Scottish Leaving Certificate Examination, 1956
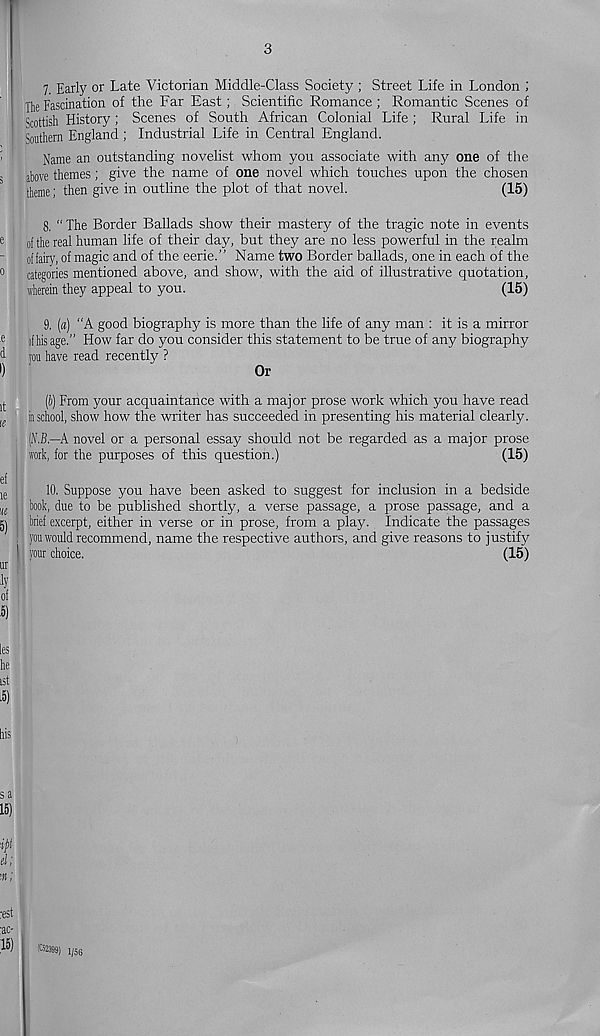
3
7. Early or Late Victorian Middle-Class Society; Street Life in London ;
The Fascination of the Far East; Scientific Romance ; Romantic Scenes of
Scottish History; Scenes of South African Colonial Life ; Rural Life in
Southern England; Industrial Life in Central England.
Name an outstanding novelist whom you associate with any one of the
above themes; give the name of one novel which touches upon the chosen
theme; then give in outline the plot of that novel.
(15)
8. " The Border Ballads show their mastery of the tragic note in events
of the real human life of their day, but they are no less powerful in the realm
of fairy, of magic and of the eerie.” Name two Border ballads, one in each of the
categories mentioned above, and show, with the aid of illustrative quotation,
wherein they appeal to you.
(15)
9. (a) “A good biography is more than the life of any man : it is a mirror
if his age.” How far do you consider this statement to be true of any biography
jou have read recently ?
Or
(6) From your acquaintance with a major prose work which you have read
iaschool, show how the writer has succeeded in presenting his material clearly.
(O—A novel or a personal essay should not be regarded as a major prose
work, for the purposes of this question.)
(15)
10. Suppose you have been asked to suggest for inclusion in a bedside
book, due to be published shortly, a verse passage, a prose passage, and a
: brief excerpt, either in verse or in prose, from a play. Indicate the passages
yon would recommend, name the respective authors, and give reasons to justify
your choice.
(15)
1/56